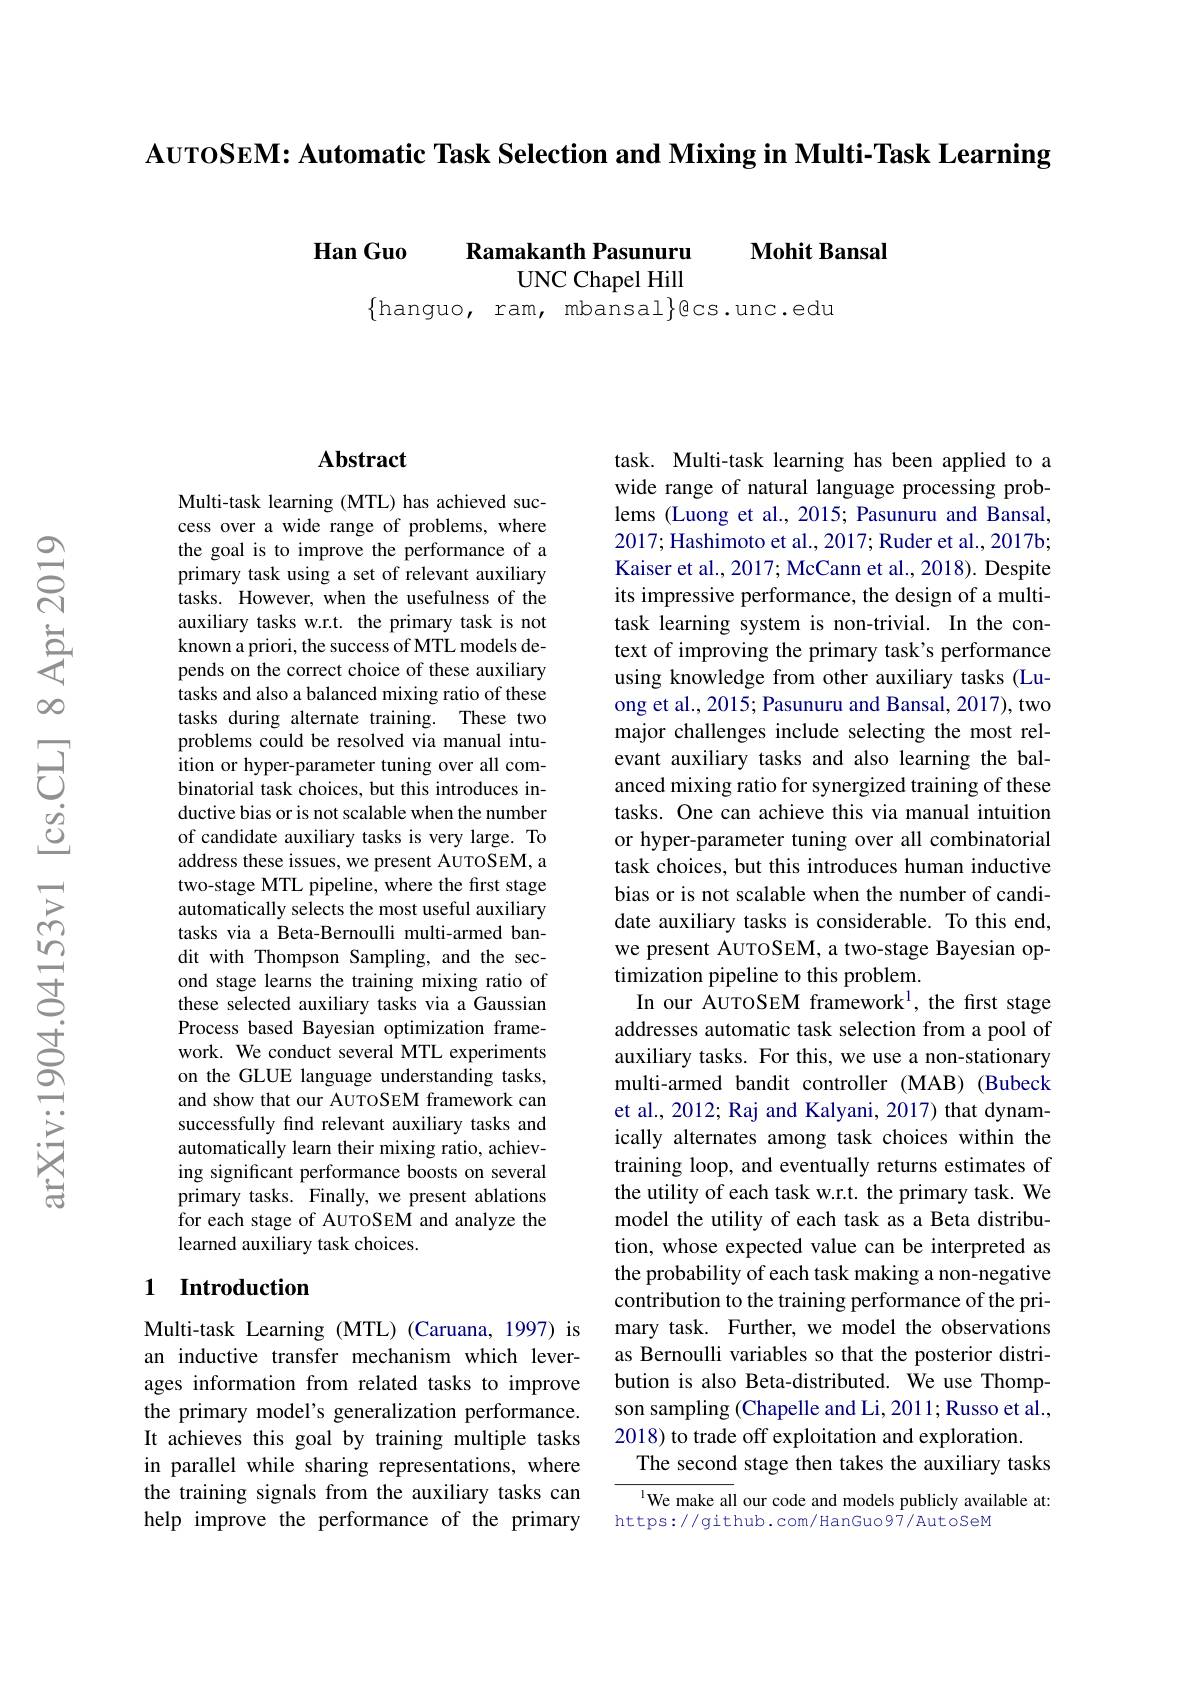
AUTOSEM: Automatic Task Selection and Mixing in Multi-Task Learning

$\textbf{Han Guo}$

$\mathbf{Mohit}$ Bansal

Ramakanth Pasunuru
UNC Chapel Hill
$\{$hanguo, ram, mbansal$\}$ecs.unc.edu

### $\mathbf{Abstract}$

Multi-task learning (MTL) has achieved success over a wide range of problems, where the goal is to improve the performance of a primary task using a set of relevant auxiliary tasks. However, when the usefulness of the auxiliary tasks w.r.t. the primary task is not known a priori, the success of MTL models depends on the correct choice of these auxiliary tasks and also a balanced mixing ratio of these tasks during alternate training. These two problems could be resolved via manual intuition or hyper-parameter tuning over all combinatorial task choices, but this introduces inductive bias or is not scalable when the number of candidate auxiliary tasks is very large. To address these issues, we present AUTOSEM, a two-stage MTL pipeline, where the first stage automatically selects the most useful auxiliary tasks via a Beta-Bernoulli multi-armed bandit with Thompson Sampling, and the second stage learns the training mixing ratio of these selected auxiliary tasks via a Gaussian Process based Bayesian optimization framework. We conduct several MTL experiments on the GLUE language understanding tasks, and show that our AUTOSEM framework can successfully find relevant auxiliary tasks and automatically learn their mixing ratio, achieving significant performance boosts on several primary tasks. Finally, we present ablations for each stage of AUTOSEM and analyze the learned auxiliary task choices.

## 1 Introduction

Multi-task Learning (MTL) (Caruana, 1997) is an inductive transfer mechanism which leverages information from related tasks to improve the primary model's generalization performance. It achieves this goal by training multiple tasks in parallel while sharing representations, where the training signals from the auxiliary tasks can help improve the performance of the primary

task. Multi-task learning has been applied to a wide range of natural language processing problems (Luong et al., 2015; Pasunuru and Bansal, 2017; Hashimoto et al., 2017; Ruder et al., 2017b; Kaiser et al., 2017; McCann et al., 2018). Despite its impressive performance, the design of a multitask learning system is non-trivial. In the context of improving the primary task's performance using knowledge from other auxiliary tasks (Luong et al., 2015; Pasunuru and Bansal, 2017), two major challenges include selecting the most relevant auxiliary tasks and also learning the balanced mixing ratio for synergized training of these tasks. One can achieve this via manual intuition or hyper-parameter tuning over all combinatorial task choices, but this introduces human inductive bias or is not scalable when the number of candidate auxiliary tasks is considerable. To this end, we present AUTOSEM, a two-stage Bayesian optimization pipeline to this problem.
In our AUTOSEM framework$^1$, the first stage addresses automatic task selection from a pool of auxiliary tasks. For this, we use a non-stationary multi-armed bandit controller (MAB) (Bubeck et al., 2012; Raj and Kalyani, 2017) that dynamically alternates among task choices within the training loop, and eventually returns estimates of the utility of each task w.r.t. the primary task. We model the utility of each task as a Beta distribution, whose expected value can be interpreted as the probability of each task making a non-negative contribution to the training performance of the primary task. Further, we model the observations as Bernoulli variables so that the posterior distribution is also Beta-distributed. We use Thompson sampling (Chapelle and Li, 2011; Russo et al., 2018) to trade off exploitation and exploration.
The second stage then takes the auxiliary tasks $^{\text{l}}$We make all our code and models publicly available at:

https://github.com/HanGuo97/AutoSeM